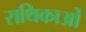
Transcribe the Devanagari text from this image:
राथिकाओं